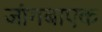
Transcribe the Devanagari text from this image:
जांगबाएक